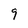
Character: 9